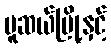
မူဆယ်မြို့နှင့်